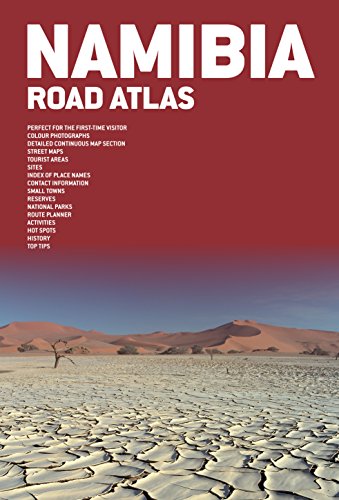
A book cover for Road Atlas Namibia; Map Studio; Travel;